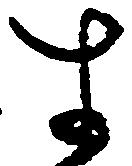
す